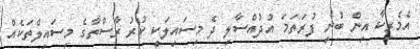
އެމެރިކާ އިން ބުނީ ފުރަތަމަ އުދުއްސާލި ދެ މިސައިލަކީ ކުރު ރާސްތާގެ މިސައިލްތަކެއް